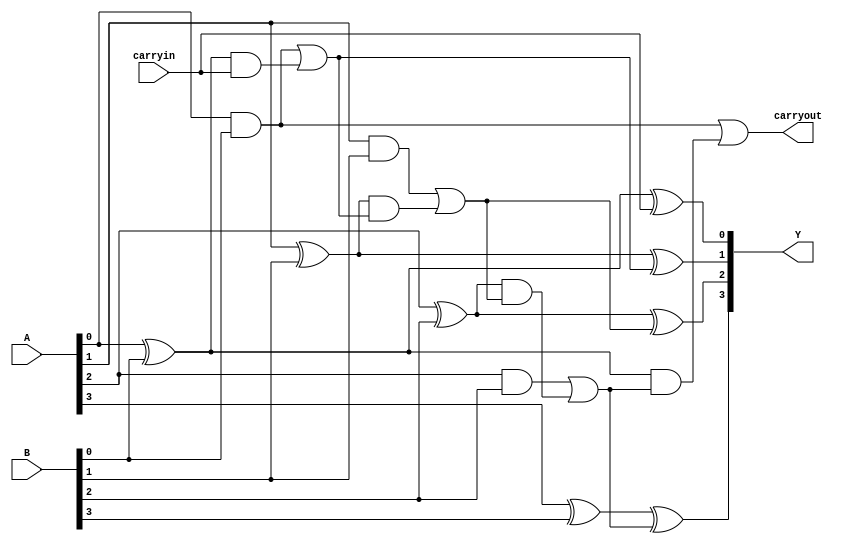
module jcarrylookaheadadder(Y,carryout,A,B,carryin);
  output [3:0]Y;
  output carryout;
  input [3:0]A,B;
  input carryin;

  wire [3:0]g,p;// generate and propogate  
  wire [4:0]c;// intermediate carry of adders, one extra for coding simplicity
  
  assign c[0] = carryin; // this line is not needed can be directly written
  
  assign Y[0] = A[0] ^ B[0] ^ c[0];
  // The below single line is what reduces the delay
  assign c[1] = ( ( A[0] & B[0] ) | ( ( A[0] ^ B[0] ) & c[0] ) );
  
  assign Y[1] = A[1] ^ B[1] ^ c[1];
  // The below single line is what reduces the delay
  //assign c[2] = ( ( A[1] & B[1] ) | ( ( A[1] ^ B[1] ) & c[1] ) );
  // Next substitue c[1] with the expanded logic
  assign c[2] = ( ( A[1] & B[1] ) | ( ( A[1] ^ B[1] ) & ( ( A[0] & B[0] ) | ( ( A[0] ^ B[0] ) & c[0] ) ) ) ); // This line removed the delay in calculating carry logic
  
  assign Y[2] = A[2] ^ B[2] ^ c[2];
  // The below single line is what reduces the delay
  //assign c[3] = ( ( A[2] & B[2] ) | ( ( A[2] ^ B[2] ) & c[2] ) );// // This line removed the delay in calculating propogate logic
  // Next substitue c[2] with the expanded logic
  //assign c[3] = ( ( A[2] & B[2] ) | ( ( A[2] ^ B[2] ) & ( ( A[1] & B[1] ) | ( ( A[1] ^ B[1] ) & c[1] ) ) ) );
  // Next substitue c[1] with the expanded logic
  assign c[3] = ( ( A[2] & B[2] ) | ( ( A[2] ^ B[2] ) & ( ( A[1] & B[1] ) | ( ( A[1] ^ B[1] ) & ( ( A[0] & B[0] ) | ( ( A[0] ^ B[0] ) & c[0] ) ) ) ) ) );
  
  assign Y[3] = A[3] ^ B[3] ^ c[3];
  // The below single line is what reduces the delay
  //assign c[4] = ( ( A[0] & B[0] ) | ( ( A[0] ^ B[0] ) & c[3] ) );
  // Next substitue c[3] with the expanded logic
  //assign c[4] = ( ( A[0] & B[0] ) | ( ( A[0] ^ B[0] ) & ( ( A[2] & B[2] ) | ( ( A[2] ^ B[2] ) & c[2] ) ) ) );  
  // Next substitue c[2] with the expanded logic
  //assign c[4] = ( ( A[0] & B[0] ) | ( ( A[0] ^ B[0] ) & ( ( A[2] & B[2] ) | ( ( A[2] ^ B[2] ) & ( ( A[1] & B[1] ) | ( ( A[1] ^ B[1] ) & c[1] ) ) ) ) ) );  
  // Next substitue c[1] with the expanded logic
  assign c[4] = ( ( A[0] & B[0] ) | ( ( A[0] ^ B[0] ) & ( ( A[2] & B[2] ) | ( ( A[2] ^ B[2] ) & ( ( A[1] & B[1] ) | ( ( A[1] ^ B[1] ) & ( ( A[0] & B[0] ) | ( ( A[0] ^ B[0] ) & c[0] ) ) ) ) ) ) ) );  
  

  // finally assign the carryout
  assign carryout = c[4];

  
endmodule